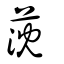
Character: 莐